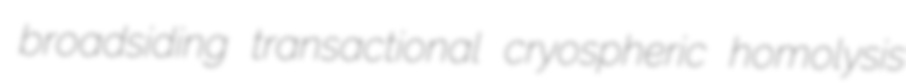
broadsiding transactional cryospheric homolysis